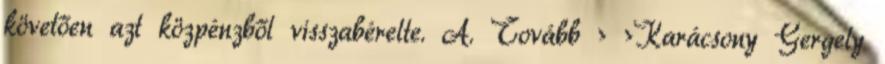
követően azt közpénzből visszabérelte. A. Tovább › ›Karácsony Gergely